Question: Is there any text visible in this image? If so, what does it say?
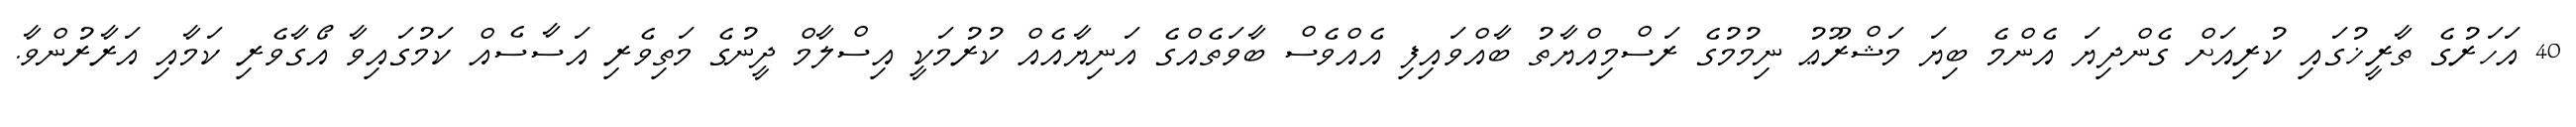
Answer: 40 އަހަރުގެ ތާރީޚުގައި ކުރިއަށް ގެންދިޔަ އެންމެ ބިޔަ މަޝްރޫޢު ނިމުމުގެ ރަސްމިއްޔާތު ބާއްވައިފި އެއްވެސް ބާވަތެއްގެ އަނިޔާއެއް ކުރުމަކީ އިސްލާމް ދީނުގެ މަތިވެރި އަސާސެއް ކަމުގައިވާ އޯގާވެރި ކަމާއި އަރާރުންވާ.